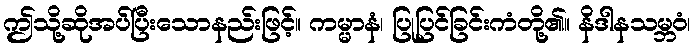
ဤသို့ဆိုအပ်ပြီးသောနည်းဖြင့်။ ကမ္မာနံ၊ ပြုပြင်ခြင်းကံတို့၏။ နိဒါနသမ္ဘဝံ၊